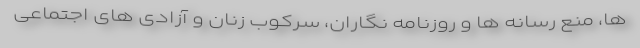
ها، منع رسانه ها و روزنامه نگاران، سرکوب زنان و آزادی های اجتماعی